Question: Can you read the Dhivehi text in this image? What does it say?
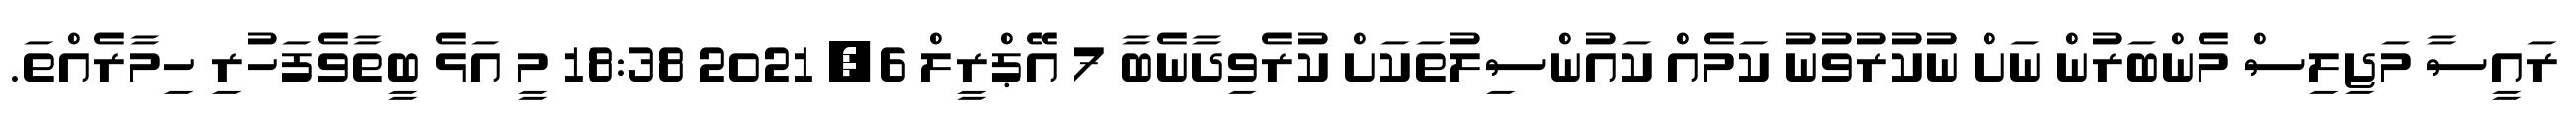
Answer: ރައީސާ މަޖިލިސް މެންބަރުން ނަށް ނުކުރުވުނު ކަމެއް ކައުންސިލުތަކަށް ކުރެވިދާނެބާ 7 އޭޕްރީލް 6, 2021 18:38 މީ އަޅެ ބީތާވެފަހުރި ހިމާރެއްތަ.